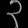
Digit: ၃